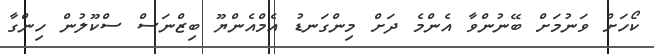
ކޯހަށް ވަނުމަށް ބޭނުންވާ އެންމެ ދަށް މިންގަނޑު އެމްއެންޔޫ ބިޒްނަސް ސްކޫލުން ހިންގާ